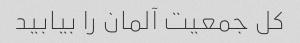
کل جمعیت آلمان را بیابید